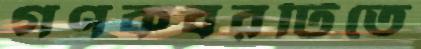
গণকবরটিতে